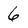
Character: 6